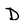
Character: D